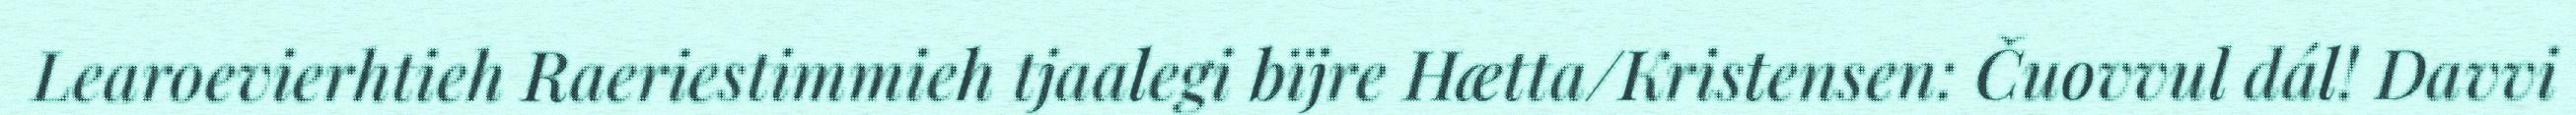
Learoevierhtieh Raeriestimmieh tjaalegi bïjre Hætta/Kristensen: Čuovvul dál! Davvi